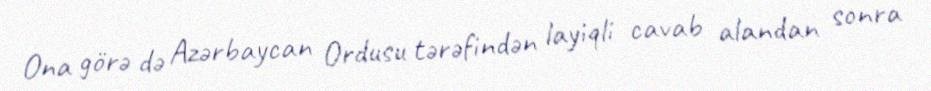
Ona görə də Azərbaycan Ordusu tərəfindən layiqli cavab alandan sonra